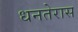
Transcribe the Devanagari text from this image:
धनतेरास